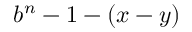
b ^ { n } - 1 - ( x - y )